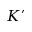
K ^ { \prime }